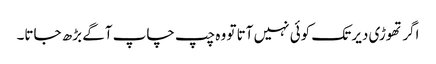
اگر تھوڑی دیر تک کوئی نہیں آتا تو وہ چپ چاپ آگے بڑھ جاتا۔